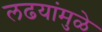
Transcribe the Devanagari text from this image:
लढयांमुळे